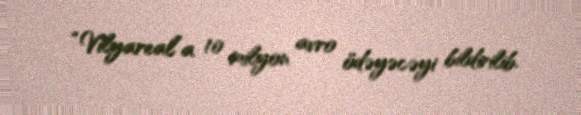
“Vilyareal”a 10 milyon avro ödəyəcəyi bildirilib.